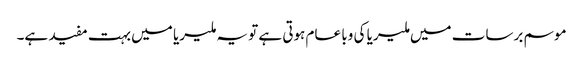
موسم برسات میں ملیریا کی وبا عام ہوتی ہے تو یہ ملیریا میں بہت مفید ہے۔